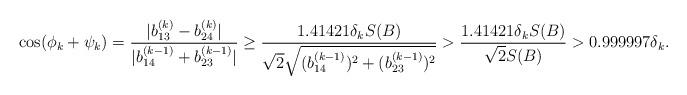
LaTeX: \begin{align*}\cos(\phi_k +\psi_k) & = \frac{|b_{13}^{(k)}-b_{24}^{(k)}|}{|b_{14}^{(k-1)}+b_{23}^{(k-1)}|}\geq \frac{1.41421\delta_kS(B)}{\sqrt{2}\sqrt{(b_{14}^{(k-1)})^2+(b_{23}^{(k-1)})^2}} > \frac{1.41421\delta_kS(B)}{\sqrt{2}S(B)} > 0.999997\delta_k.\end{align*}